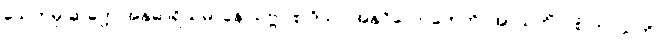
သေတမှိ ဆတ္တေ အနုဓာရိယမာနေ သဗ္ဗာ စ ဒိသာ အနုဝိလောကေတိ, အာသဘိံ ဝါစံ ဘာသတိ